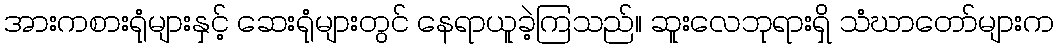
အားကစားရုံများနှင့် ဆေးရုံများတွင် နေရာယူခဲ့ကြသည်။ ဆူးလေဘုရားရှိ သံဃာတော်များက